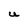
Character: U